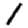
Digit: 1